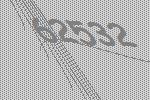
62532